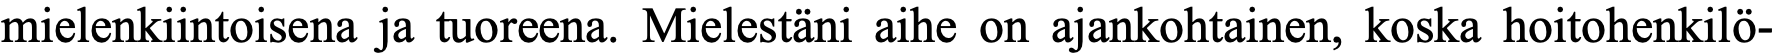
mielenkiintoisena ja tuoreena. Mielestäni aihe on ajankohtainen, koska hoitohenkilö-